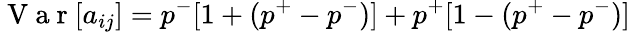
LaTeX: \mathrm{~V~a~r~}[a_{ij}]=p^{-}[1+(p^{+}-p^{-})]+p^{+}[1-(p^{+}-p^{-})]